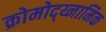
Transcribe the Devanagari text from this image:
क्रोमोद्य्नामिक